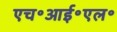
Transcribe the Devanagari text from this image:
एच॰आई॰एल॰